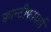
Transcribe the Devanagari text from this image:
क्वान्टीफायर्स